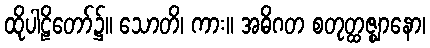
ထိုပါဠိတော်၌။ သောတိ၊ ကား။ အဓိဂတ စတုတ္ထဇ္ဈာနော၊